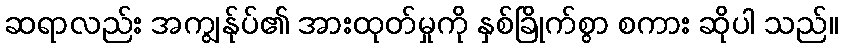
ဆရာလည်း အကျွန်ုပ်၏ အားထုတ်မှုကို နှစ်ခြိုက်စွာ စကား ဆိုပါ သည်။